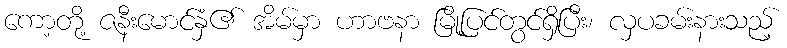
ကော့တို့ ဇနီးမောင်နှံ၏ အိမ်မှာ ဟာဗနာ မြို့ပြင်တွင်ရှိပြီး၊ လှပခမ်းနားသည့်